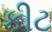
કીટ